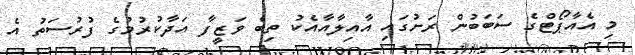
މި އެއާޕޯޓްގެ ސަބަބުން ރަށުގައި އާއިލާއާއެކު ތިބެ ވަޒީފާ އަދާކުރުމުގެ ފުރުސަތު އެ